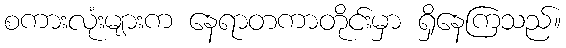
စကားလုံးများက နေရာတကာတိုင်းမှာ ရှိနေကြသည်။